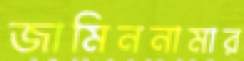
জামিননামার